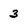
Character: 3